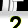
Digit: 2